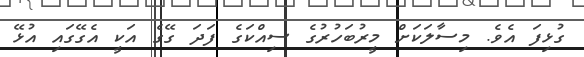
ގުޅިފަ އެވެ. މިސާލަކަށް މީރުބަހުރުގެ ސިއްކަގެ ފަދަ ގޭގެ އަކީ އެގޭގައި އުޅޭ